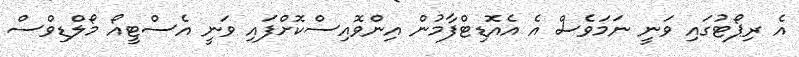
އެ ރިޕޯޓުގައި ވަނީ ނަމަވެސް އެ އެއޮޑިޓްފާމުން އިންވޮއިސްކޮށްފައި ވަނީ އެސްޓީއޯ މޯލްޑިވްސް